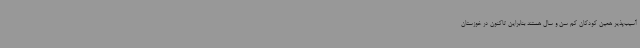
آسیب‌پذیر همین کودکان کم سن و سال هستند بنابراین تاکنون در خوزستان